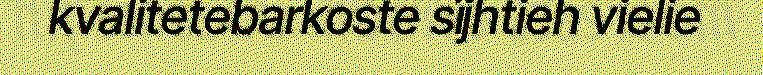
kvalitetebarkoste sïjhtieh vielie